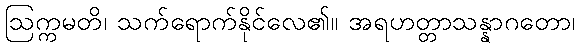
ဩက္ကမတိ၊ သက်ရောက်နိုင်လေ၏။ အရဟတ္တာသန္နာဂတော၊